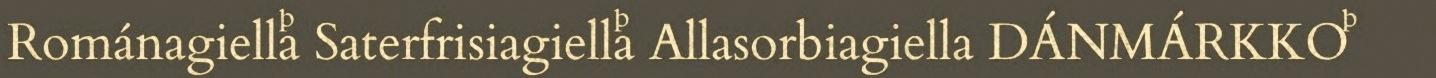
Románagiella Saterfrisiagiella Allasorbiagiella DÁNMÁRKKO 